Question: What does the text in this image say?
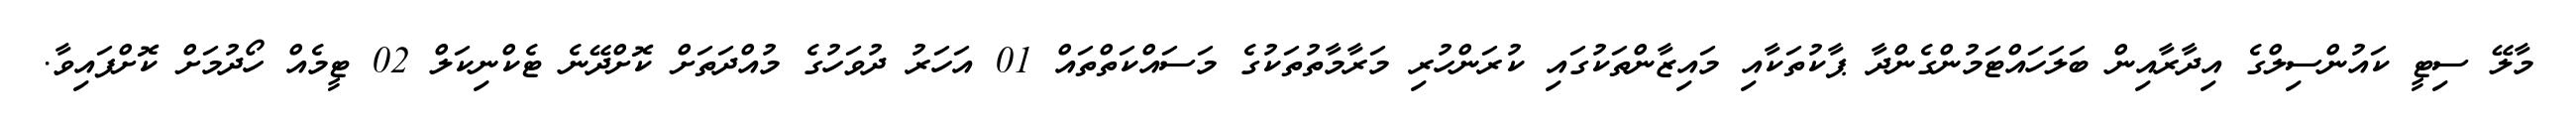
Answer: މާލޭ ސިޓީ ކައުންސިލްގެ އިދާރާއިން ބަލަހައްޓަމުންގެންދާ ޕާކުތަކާއި މައިޒާންތަކުގައި ކުރަންހުރި މަރާމާތުތަކުގެ މަސައްކަތްތައް 01 އަހަރު ދުވަހުގެ މުއްދަތަށް ކޮށްދޭނެ ޓެކްނިކަލް 02 ޓީމެއް ހޯދުމަށް ކޮށްފައިވާ.